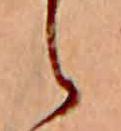
ら